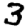
Digit: 3